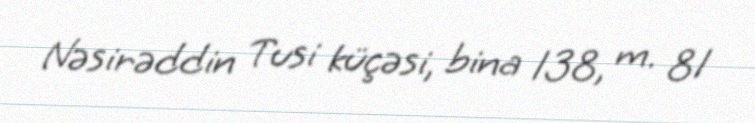
Nəsirəddin Tusi küçəsi, bina 138, m. 81